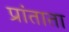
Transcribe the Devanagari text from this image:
प्रांताता